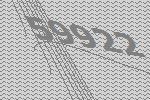
59922